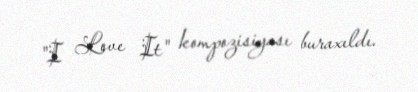
"I Love It" kompozisiyası buraxıldı.